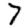
Digit: 7